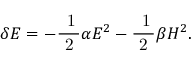
\delta { \cal { E } } = - \mathrm { \frac { ~ 1 } { ~ 2 ~ } } \alpha E ^ { 2 } - \mathrm { \frac { ~ 1 } { ~ 2 ~ } } \beta H ^ { 2 } .